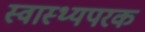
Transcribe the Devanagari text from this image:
स्वास्थ्यपरक